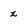
Character: z